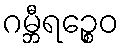
ဂမ္ဘီရဉ္စေဝ